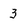
Character: 3